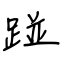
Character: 踫